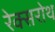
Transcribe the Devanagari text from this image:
रेक्सरोथ